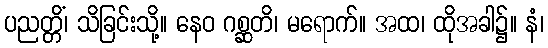
ပညတ္တိံ၊ သိခြင်းသို့။ နေဝ ဂစ္ဆတိ၊ မရောက်။ အထ၊ ထိုအခါ၌။ နံ၊